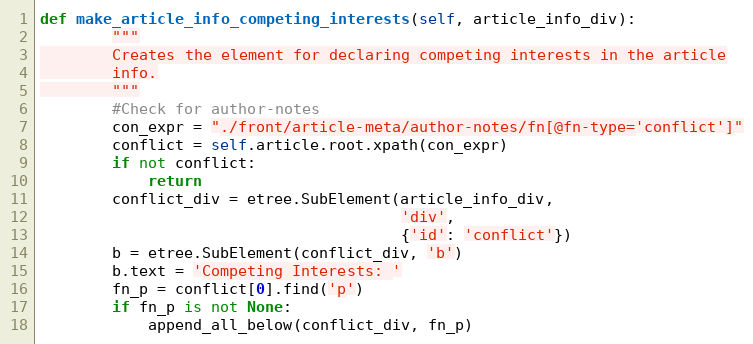
Language: Python
def make_article_info_competing_interests(self, article_info_div):
        """
        Creates the element for declaring competing interests in the article
        info.
        """
        #Check for author-notes
        con_expr = "./front/article-meta/author-notes/fn[@fn-type='conflict']"
        conflict = self.article.root.xpath(con_expr)
        if not conflict:
            return
        conflict_div = etree.SubElement(article_info_div,
                                        'div',
                                        {'id': 'conflict'})
        b = etree.SubElement(conflict_div, 'b')
        b.text = 'Competing Interests: '
        fn_p = conflict[0].find('p')
        if fn_p is not None:
            append_all_below(conflict_div, fn_p)